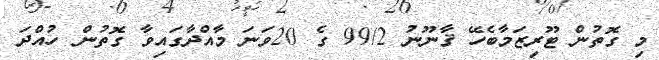
މި ގޮތުން ޓޫރިޒަމާބެހޭ ޤާނޫނު 99/2 ގެ 20ވަނަ މާއްދާގައިވާ ގޮތުން ހުއްދަ